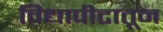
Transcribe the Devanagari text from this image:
विद्यापीटातून